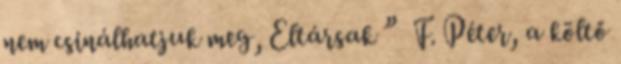
nem csinálhatjuk meg, Eltársak ” F. Péter, a költő